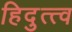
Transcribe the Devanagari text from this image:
हिदुत्त्व